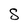
Character: S